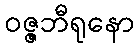
ဝဇ္ဇဘီရုနော